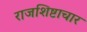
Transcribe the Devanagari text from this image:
राजशिष्टाचार